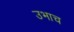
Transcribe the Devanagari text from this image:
उभाच